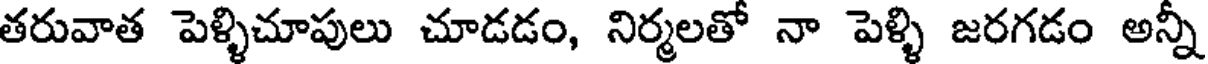
తరువాత పెళ్ళిచూపులు చూడడం, నిర్మలతో నా పెళ్ళి జరగడం అన్ని